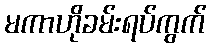
မကာဟိုခမ်းရပ်ကွက်